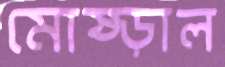
মোষ্‌ড়াল